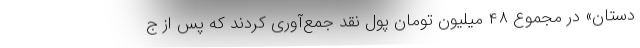
دستان» در مجموع ۴۸ میلیون تومان پول نقد جمع‌آوری کردند که پس از ج